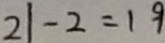
2 1 - 2 = 1 9